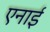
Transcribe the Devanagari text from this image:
एनाई